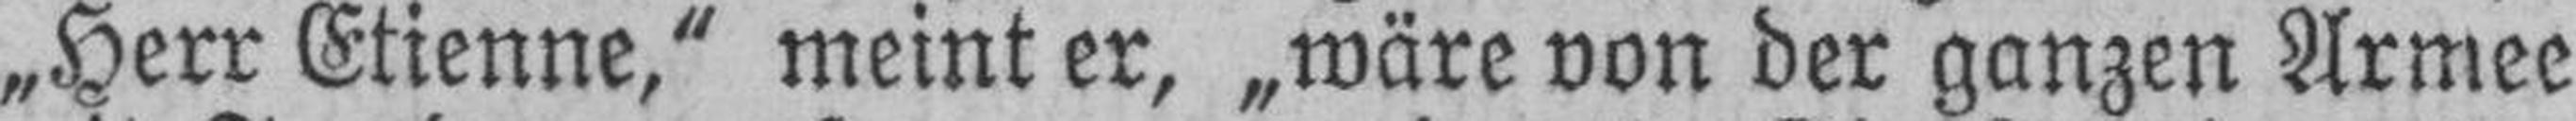
„Herr Etienne,“ meint er, „wäre von der ganzen Armee